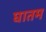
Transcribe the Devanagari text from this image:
घातम